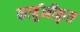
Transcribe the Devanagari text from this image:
कार्बुनीकृत